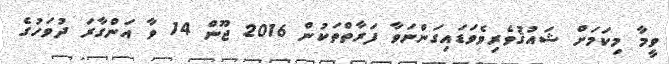
ވީމާ މިކަމަށް ޝައުޤުވެރިވެވަޑައިގަންނަވާ ފަރާތްތަކުން 2016 ޖޫން 14 ވާ އަންގާރަ ދުވަހުގެ